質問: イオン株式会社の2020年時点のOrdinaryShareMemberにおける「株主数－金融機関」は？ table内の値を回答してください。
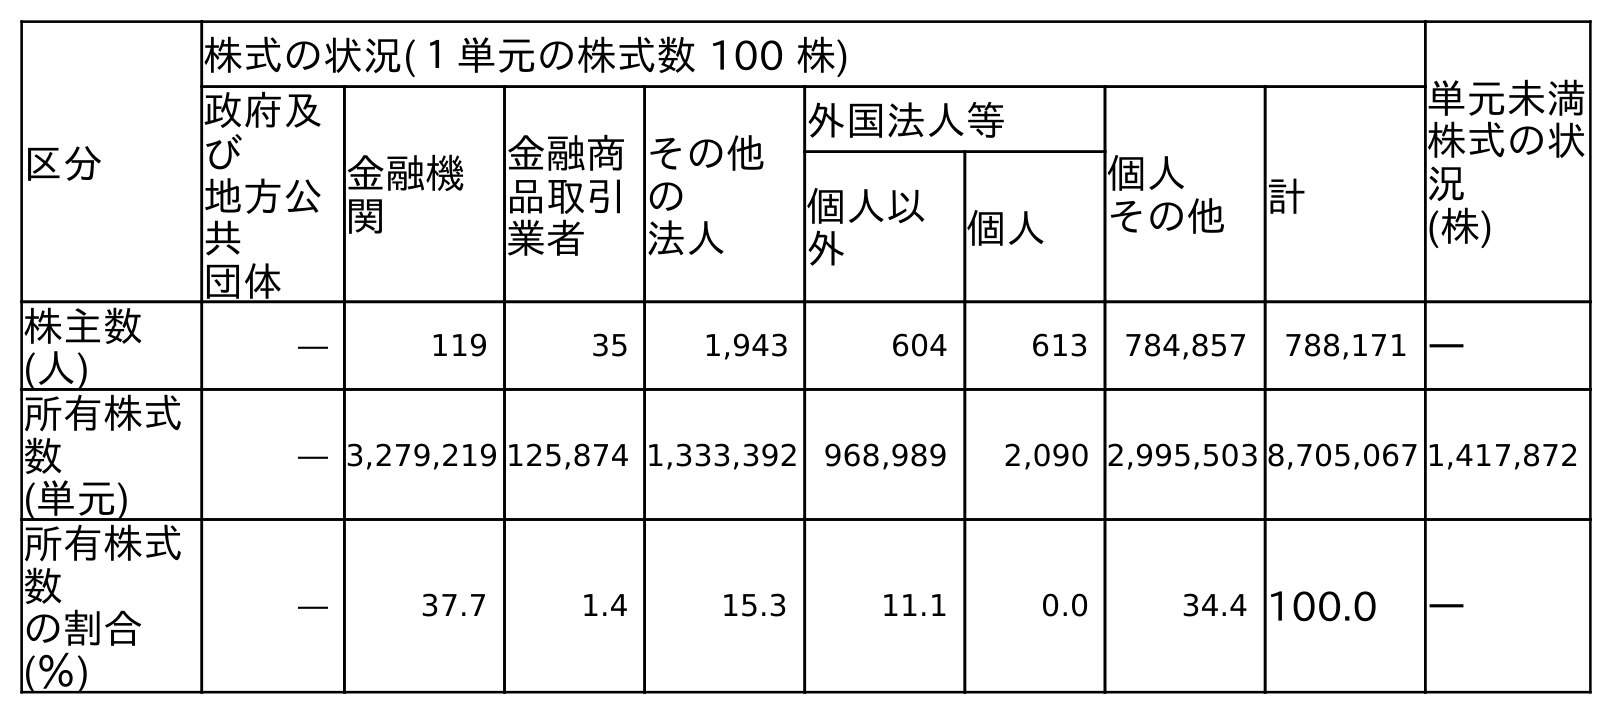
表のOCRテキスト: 区分 株式の状況(１単元の株式数 100 株) 単元未満 株式の状 況 (株) 政府及 び 地方公 共 団体 金融機 関 金融商 品取引 業者 その他 の 法人 外国法人等 個人 その他 計 個人以 外 個人 株主数 (人) ― 119 35 1,943 604 613 784,857 788,171 ― 所有株式 数 (単元) ― 3,279,219 125,874 1,333,392 968,989 2,090 2,995,503 8,705,067 1,417,872 所有株式 数 の割合 (％) ― 37.7 1.4 15.3 11.1 0.0 34.4 100.0 ―
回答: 119